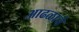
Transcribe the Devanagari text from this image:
आढळाचे